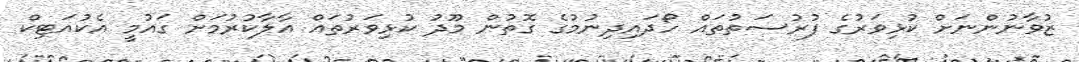
ޒުވާނުންނަށް ކުޅިވަރުގެ ފުރުސަތުތައް ހޯދައިދިނުމުގެ ގޮތުން މޫދު ކުޅިވަރުތައް އާލާކުރުމަށް ގައުމީ އެކުއަޓިކް